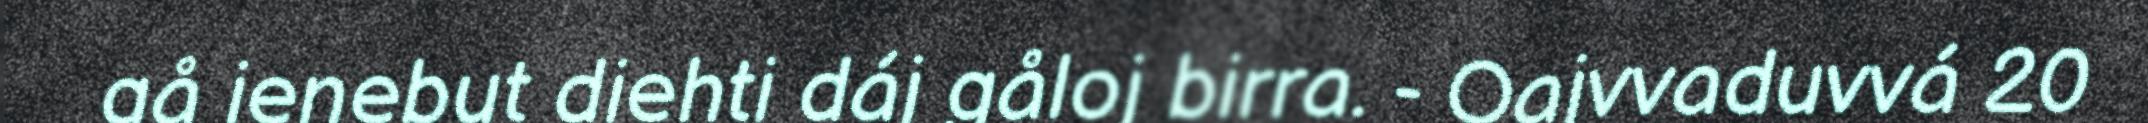
gå ienebut diehti dáj gåloj birra. - Oajvvaduvvá 20